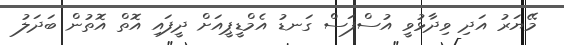
މޭޔަރު އަދި ވިދާޅުވީ އުސްފަސް ގަނޑު އެމްޑީޕީއަށް ދީފައި އޮތް އޮތުން ބަދަލު